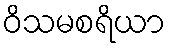
ဝိသမစရိယာ